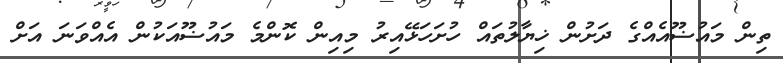
ތިން މައުޟޫއެއްގެ ދަށުން ޚިޔާލުތައް ހުށަހަޅޭއިރު މިއިން ކޮންމެ މައުޟޫއަކުން އެއްވަނަ އަށް